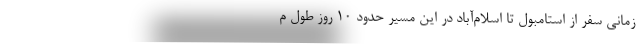
زمانی سفر از استامبول تا اسلام‌آباد در این مسیر حدود 10 روز طول م